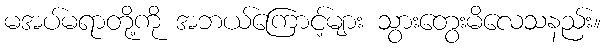
မအပ်မရာတို့ကို အဘယ်ကြောင့်များ သွားတွေးမိလေသနည်း။